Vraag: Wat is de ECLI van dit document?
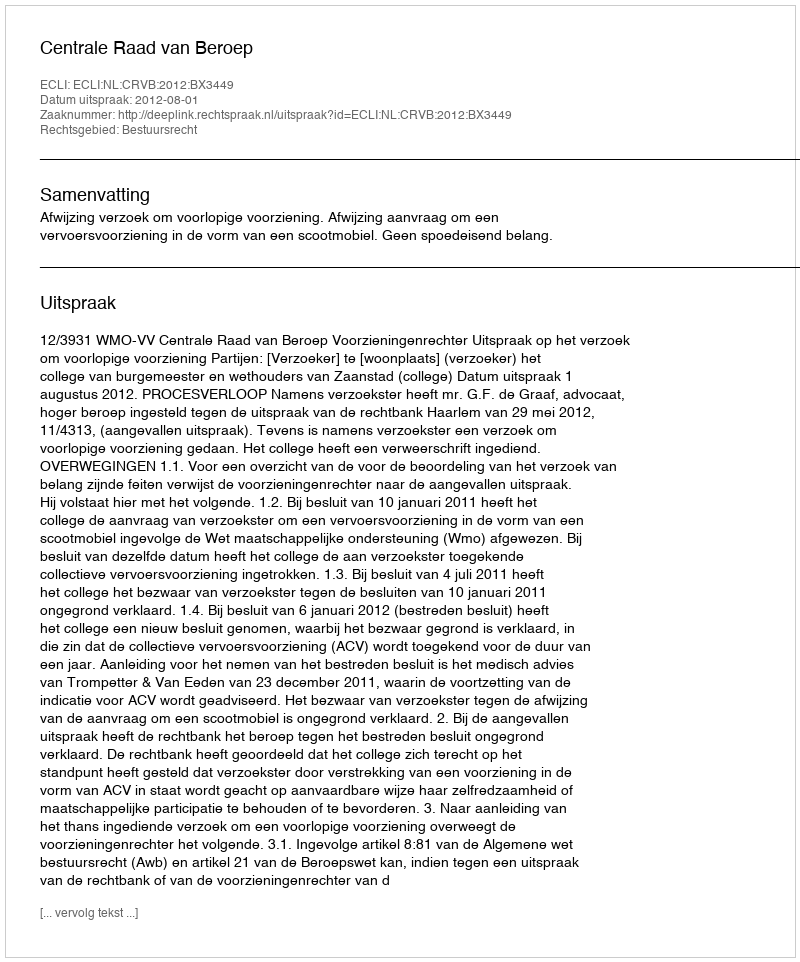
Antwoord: ECLI:NL:CRVB:2012:BX3449